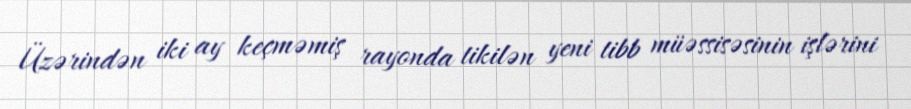
Üzərindən iki ay keçməmiş rayonda tikilən yeni tibb müəssisəsinin işlərini